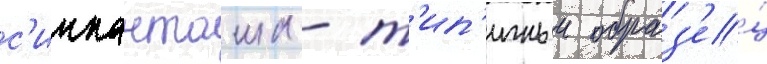
с'иипанташа - т'ип'ичныи образ'е́ц